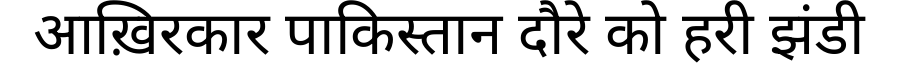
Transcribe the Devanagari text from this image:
आख़िरकार पाकिस्तान दौरे को हरी झंडी